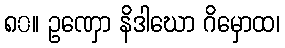
၈၀။ ဥဏှော နိဒါဃော ဂိမှောထ၊